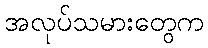
အလုပ်သမားတွေက